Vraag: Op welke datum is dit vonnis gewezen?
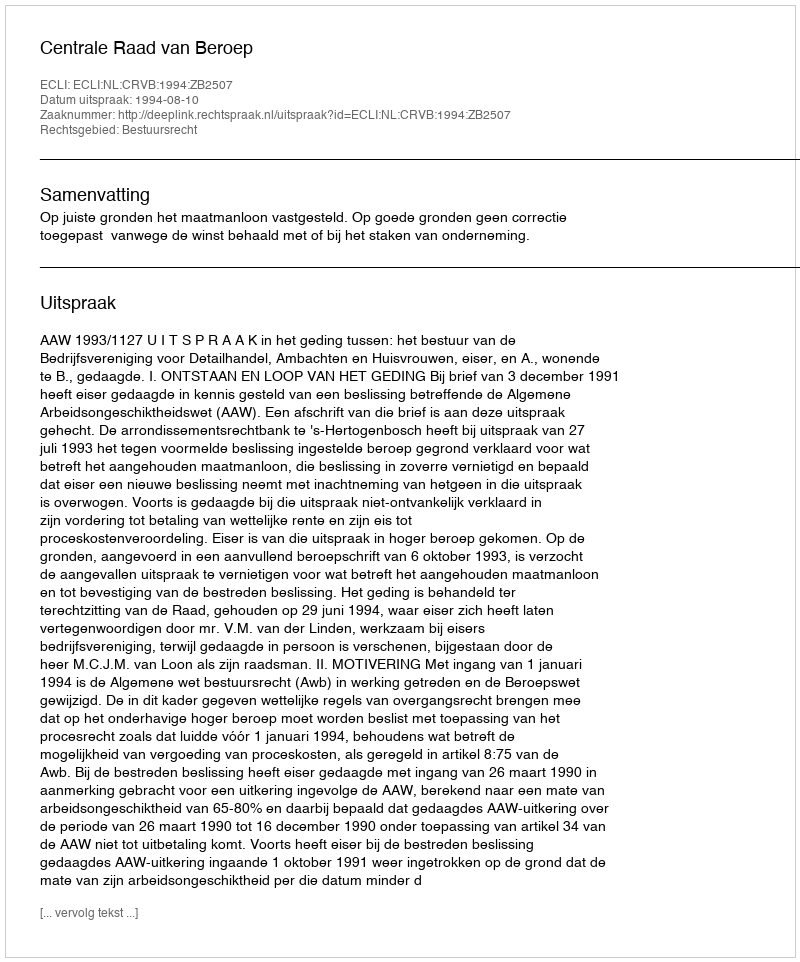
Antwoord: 1994-08-10